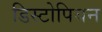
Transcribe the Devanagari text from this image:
डिस्टोपियन